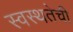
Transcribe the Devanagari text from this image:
स्वस्थतेची